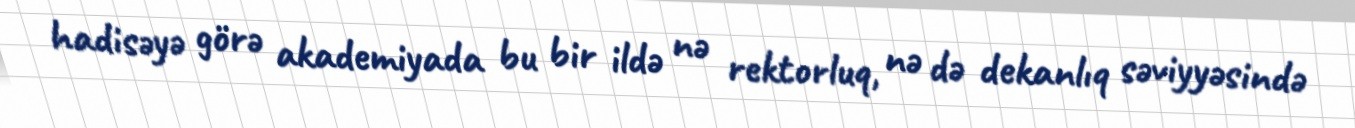
hadisəyə görə akademiyada bu bir ildə nə rektorluq, nə də dekanlıq səviyyəsində